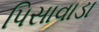
પિસાવાડા